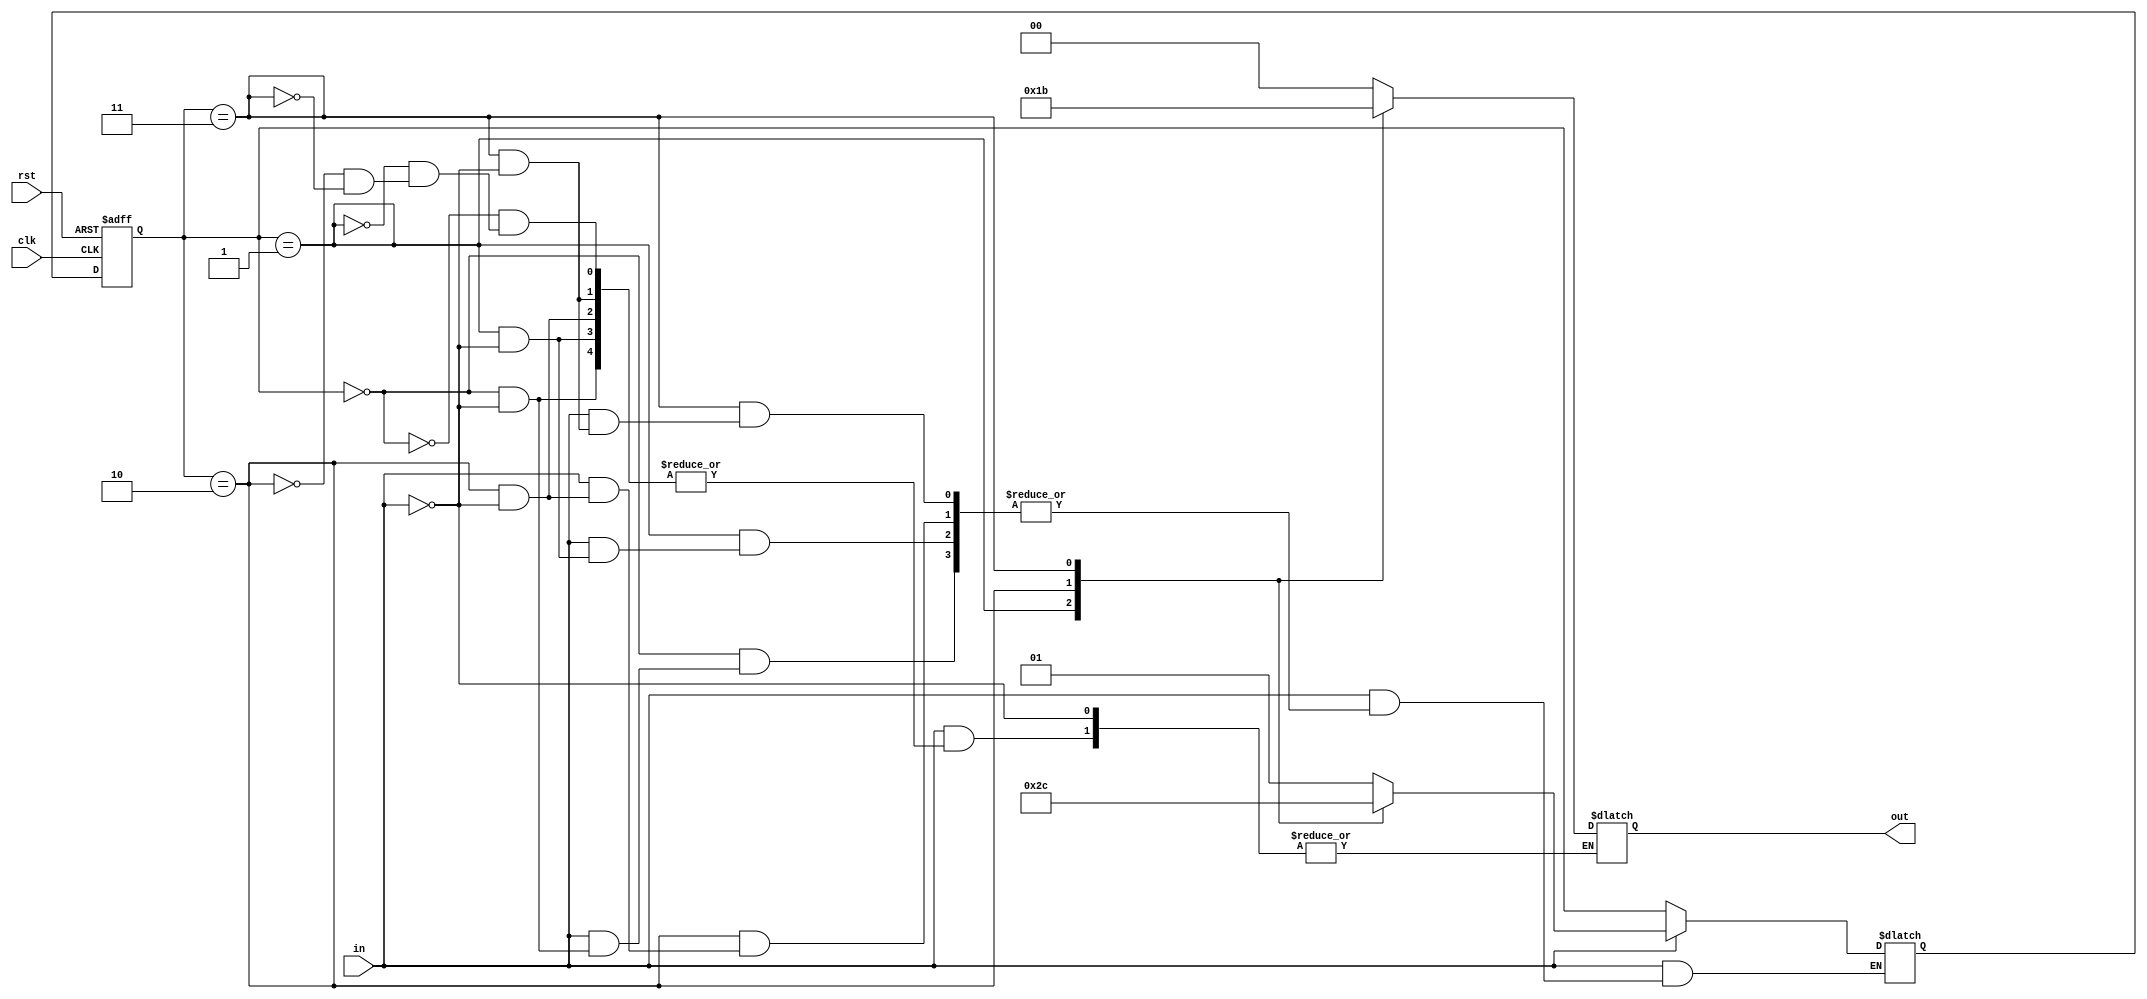
`timescale 1ns / 1ps
//////////////////////////////////////////////////////////////////////////////////
// Company: 
// Engineer: 
// 
// Design Name: 
// Module Name:    FSMup 
// Project Name: 
// Target Devices: 
// Tool versions: 
// Description: 
//
// Dependencies: 
//
// Revision: 
// Revision 0.01 - File Created
// Additional Comments: 
//
//////////////////////////////////////////////////////////////////////////////////
module FSMup(
clk, rst, in, out    );
	 input clk, rst;
	 input	in;
	 output reg [1:0] out;
	 
	 wire w, w2;
	 //wire clk, cclk;
	 //clk50	divider(.clk(nclk),.rst(rst),.clkdivided1hz(clk), .clkdivided2hz(cclk));
	 
	 //shift_reg r1 (clk,rst, in, w);
	 //risingdge edge1 (~clk, rst, w, w2);
	assign w2 = in;
	 reg [1:0] state, nextstate;
	// wire [64:1] dectext;
	 
	 
	 
	 parameter [1:0] s0 = 2'b00, s1 = 2'b01, s2 = 2'b10, s3 = 2'b11;
	 
	 always @ (w2 or state )
		if(w2 == 2'b0) nextstate = state;
		else
		case (state)
			s0:
			begin
				if(w2) begin nextstate = s1; out <= 2'b00; end // seven <= 7'b0000001;end
				//else nextstate = s0;
			end
			
			s1:
			begin
				if (w2) begin nextstate = s2; out<= 2'b01;end // seven <= 7'b1001111; end
			//else if (!w2[1]) nextstate = s1;
				//else nextstate = s0;
			end
			s2:
			begin
				if (w2) begin nextstate = s3; out<= 2'b10;end //seven <= 7'b0010010; end
			//else if (!w2[2]) nextstate = s2;
				//else nextstate = s0;
			end
			
			s3:
			begin
				if (w2) begin nextstate = s0; out <= 2'b11;end // seven <= 7'b0000110; end
			
				//else nextstate = s0;
			end
			
			
				default: begin
					nextstate = 2'bx;
				end
		endcase
		
		always @ (posedge clk or posedge rst)
		begin
			if (rst) begin state <= s0; end
			else state <= nextstate;
		end
		


endmodule